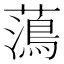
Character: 𮒒